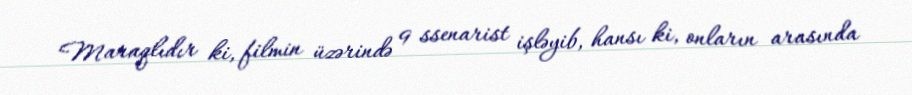
Maraqlıdır ki, filmin üzərində 9 ssenarist işləyib, hansı ki, onların arasında